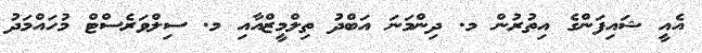
އެއީ ޝައިފަންގެ އިތުރުން މ. ދިންމަނަ އަބްދު ތިލްމީޒްއާއި މ. ސިލްވަރެސްޓް މުހައްމަދު